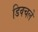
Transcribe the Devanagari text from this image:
डिवचले